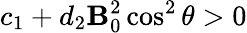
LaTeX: c_{1}+d_{2}\mathbf{B}_{0}^{2}\cos^{2}\theta>0